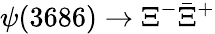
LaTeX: \psi(3686)\to\Xi^{-}\bar{\Xi}^{+}